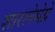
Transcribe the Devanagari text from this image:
शारलेमेग्ने